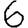
Digit: 6